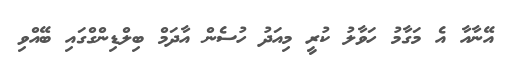
އޭނާއާ އެ މަގާމު ހަވާލު ކުރީ މިއަދު ހުސެން އާދަމް ބިލްޑިންގްގައި ބޭއްވި